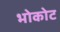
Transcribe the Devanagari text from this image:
भोकोट